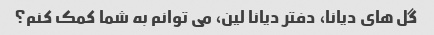
گل های دیانا، دفتر دیانا لین، می توانم به شما کمک کنم؟